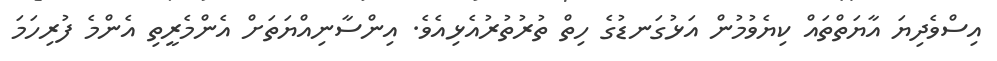
އިސްވެދިޔަ އާޔަތްތައް ކިޔެވުމުން އަޅުގަނޑުގެ ހިތް ތުރުތުރުއެޅިއެވެ. އިންސާނިއްޔަތަށް އެންމެރީތި އެންމެ ފުރިހަމަ